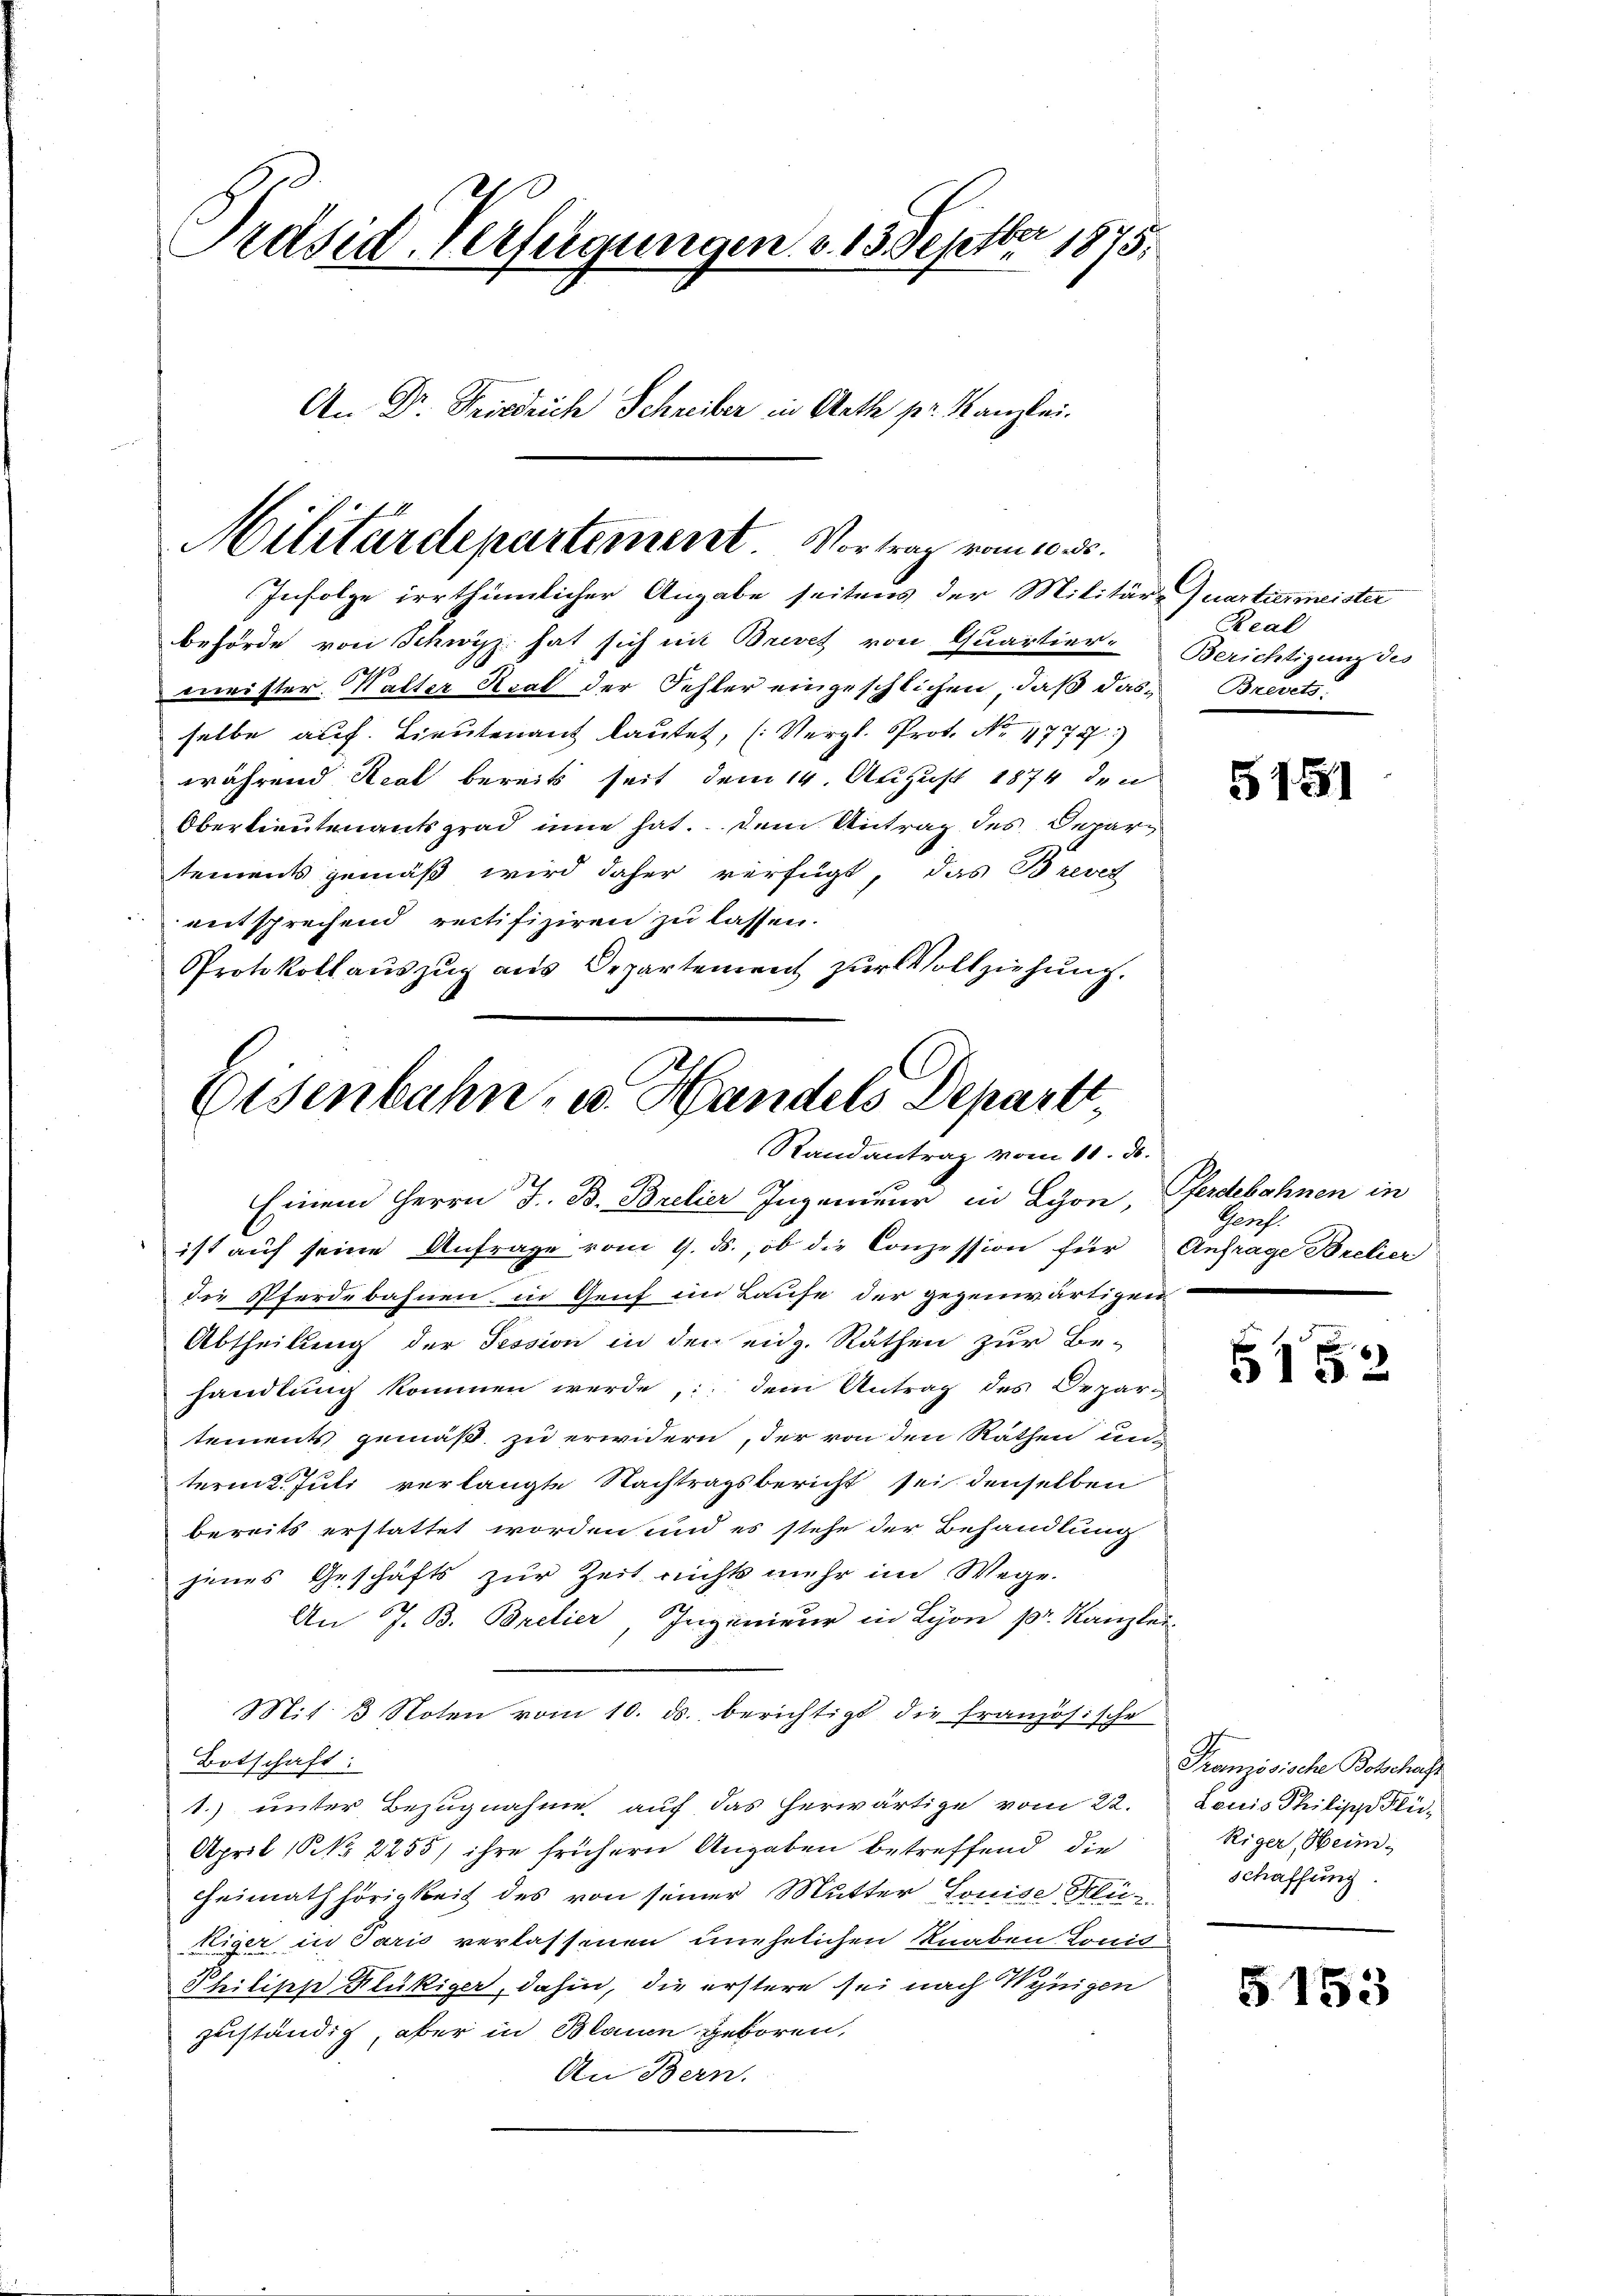
e
Präsid. Verfügungen. v. 13. Septbr. 1875.
An Dr. Friedrich Schreiber in Rath pr. Kanzlei.

Militärdepartement. Vortrag vom 10. d.
Infolge irrthümlicher Angabe seitens der Militär-Quartiermeister
behörde von Schwyz hat sich mit Brevet von Quartier-Berichtigung des

mister. Walter Kral der Fehler eingeschlichen, daß das Brevets
selbe auf Lieutenant lautet, (Vergl. Prot. No. 1777.)
während Real bereits seit dem 14. August 1874 den
Oberlieutenantsgrad inne hat. Dem Antrag des Departements gemäß wird daher verfügt, das Brevet
entsprechend rectifiziren zu lassen.
Protokoll auszug aus Departement zur Vollziehung.

Eisenbahn, u. Handels Depart,
Randantrag vom 10. d.
Einem Herrn J. B. Brelier Ingenieur in Lyon,

ist auf seine Anfrage vom 9. ds., ob die Conzession für Anfrage Bretier
die Pferdebahnen in Genf im Laufe der gegenwärtigen
Abtheilung der Tession in der eidg. Räthen zur Be-
handlung kommen werde, dem Antrag des Depar-
tements gemäß zu erwidern, der von den Rathen unternt. Juli verlangte Nachtragsbericht sei denselben
bereits erstattet worden und es stehe der Behandlung
jenes Geschäfts zur Zeit nichts mehr im Wege.
An J. B. Brelier, Ingenieur in Lyon pr. Kanzlei-
Mit 3 Noten vom 10. ds. berichtigt die französische
Botschaft:
1.) unter Bezugnahme auf das herwärtige vom 22.
April (S. 2255/ ihre frühern Angaben betreffend die
Heimath hörigkeit des von seiner Mutter Louise Flükiger in Paris verlassenen unehelichen Knaben Lonis
Philipp Flückiger, dahin, die erstere sei nach Wenigen
zuständig, aber in Blauen geboren,
An Bern.

Real

5151

Pferdebahnen in
Genf.

5152

Französische Botschaft
Louis Philipp Flü¬
Riger, Hei-
schaffung

5153